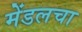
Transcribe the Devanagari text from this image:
मेंडलचा